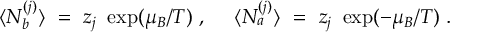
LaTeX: \langle N _ { b } ^ { ( j ) } \rangle ~ = ~ z _ { j } ~ \exp ( \mu _ { B } / T ) ~ , ~ ~ ~ ~ \langle N _ { a } ^ { ( j ) } \rangle ~ = ~ z _ { j } ~ \exp ( - \mu _ { B } / T ) ~ .